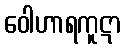
ဝေါဟာရကူဋာ